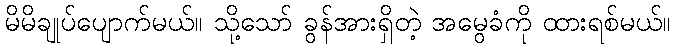
မိမိချုပ်ပျောက်မယ်။ သို့သော် ခွန်အားရှိတဲ့ အမွေခံကို ထားရစ်မယ်။